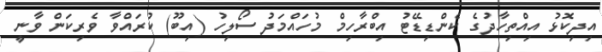
އިދިކޮޅު އިއްތިހާދުގެ ކެންޑިޑޭޓު އިބްރާހިމް މުހައްމަދު ސޯލިހު (އިބޫ) ކުރައްވާ ވެރިކަން ވާނީ